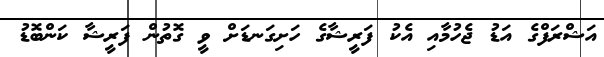
އަޝްރަފްގެ އަޑު ޖެހުމާއި އެކު ފަރީޝާގެ ހަށިގަނޑަށް ވީ ގޮތުން ފަރީޝާ ކަންބޮޑު